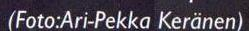
(Foto:Ari-Pekka Keränen)